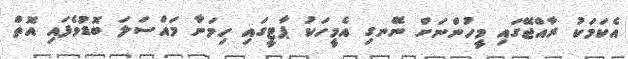
އެކަމަކު ރާއްޖޭގައި މީހުންނަށް ނޭނގި އެމީހަކު ޕާޓީގައި ހިމަނާ މައްސަލަ ބޮޑުވެފައި އޮތް